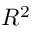
R ^ { 2 }